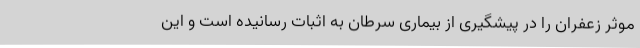
موثر زعفران را در پیشگیری از بیماری سرطان به اثبات رسانیده است و این